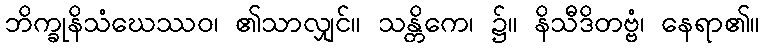
ဘိက္ခုနိသံဃေဿဝ၊ ၏သာလျှင်။ သန္တိကေ၊ ၌။ နိသီဒိတဗ္ဗံ၊ နေရာ၏။